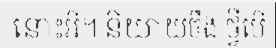
នោះអី។ និយាយចឹង ថ្វីបើ